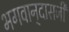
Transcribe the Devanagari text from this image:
भगवान्‌दासजी